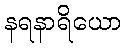
နရနာရိယော